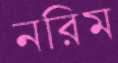
নরিম